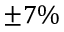
\pm 7 \%